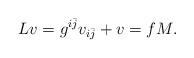
LaTeX: \begin{align*}Lv=g^{i\bar j}v_{i\bar j}+v=f M.\end{align*}